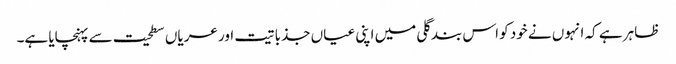
ظاہر ہے کہ انہوں نے خود کو اس بند گلی میں اپنی عیاں جذباتیت اور عریاں سطحیت سے پہنچایا ہے۔